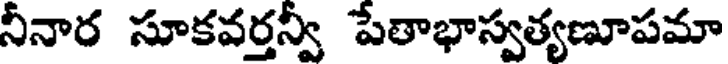
నీనార సూకవర్తన్వీ పేతాభాస్వత్యణూపమా